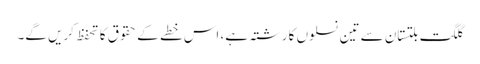
گلگت بلتستان سے تین نسلوں کا رشتہ ہے، اس خطے کے حقوق کا تحفظ کریں گے۔